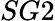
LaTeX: SG2